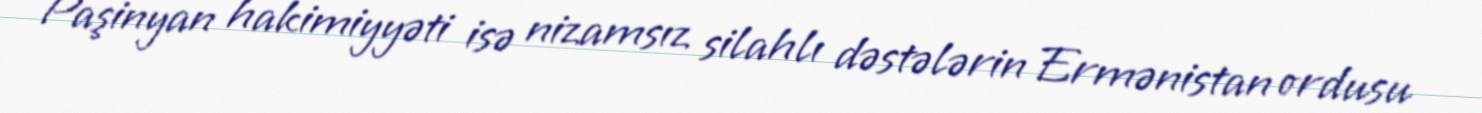
Paşinyan hakimiyyəti isə nizamsız silahlı dəstələrin Ermənistan ordusu